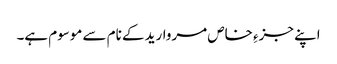
اپنے جزءِ خاص مروارید کے نام سے موسوم ہے۔